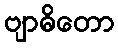
ဗျာဓိတော